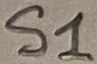
Text: S1